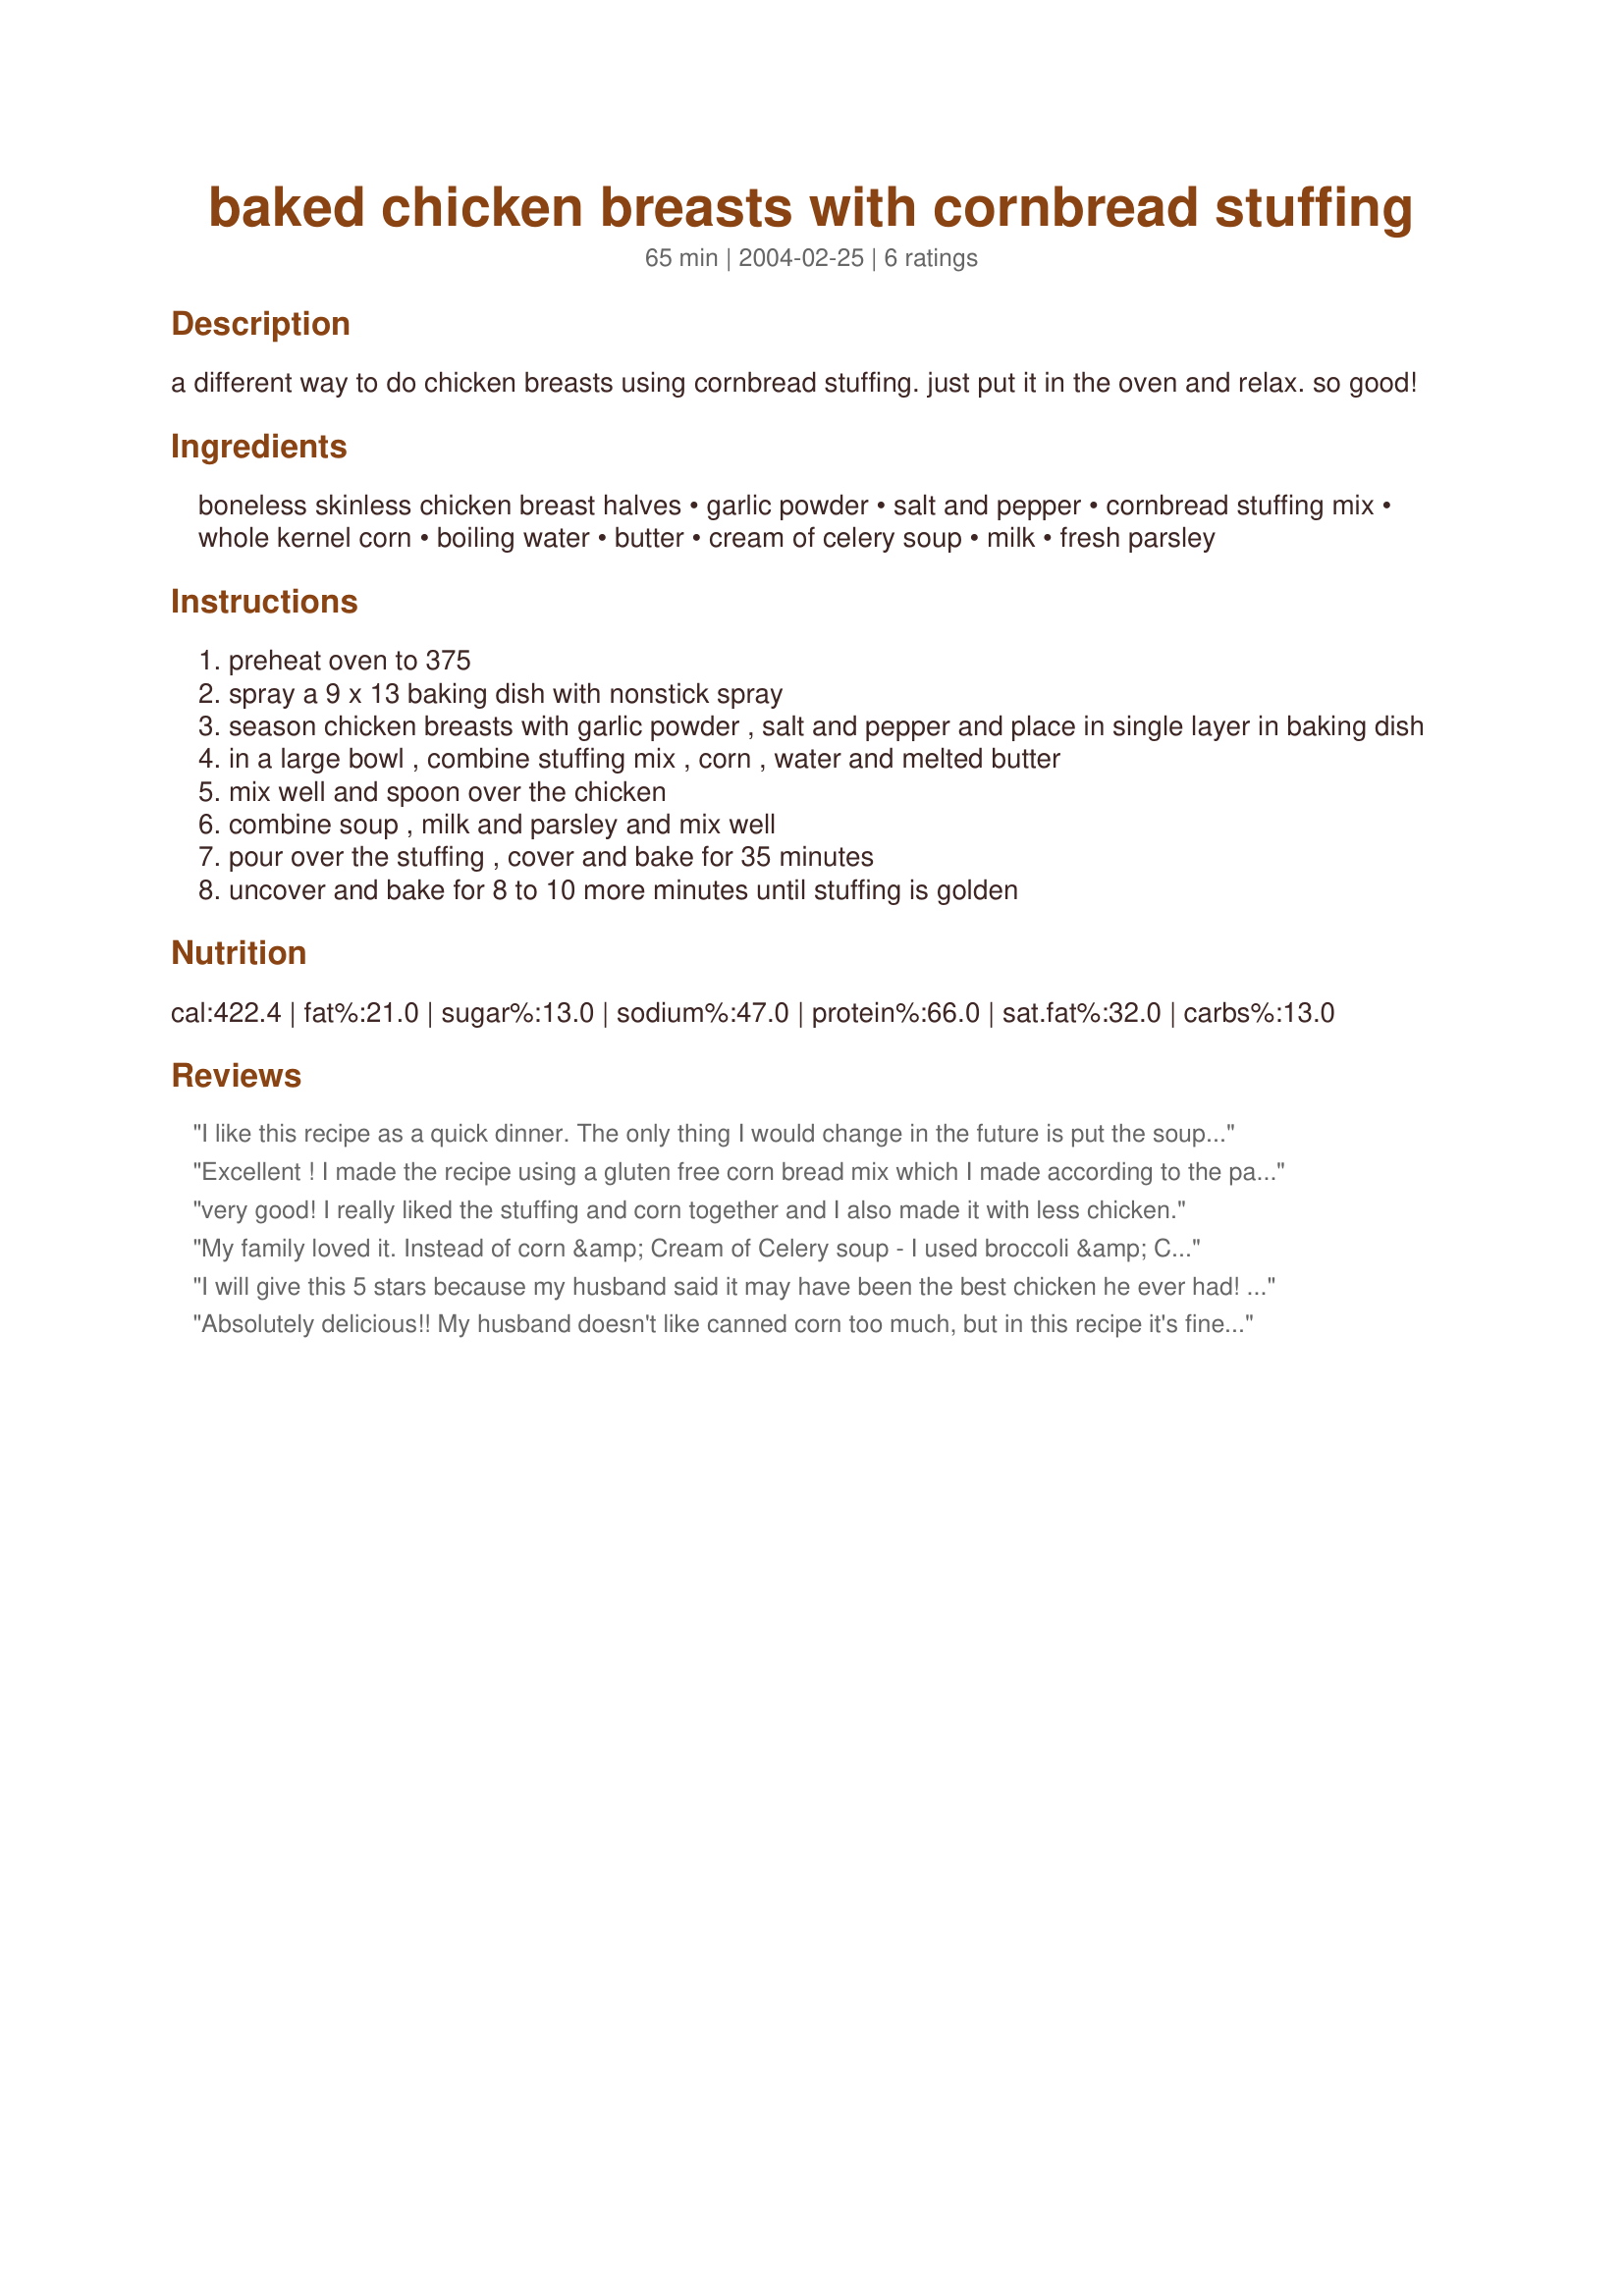
baked chicken breasts with cornbread stuffing
Preparation time: 65 minutes

a different way to do chicken breasts using cornbread stuffing. just put it in the oven and relax. so good!

Ingredients:
boneless skinless chicken breast halves, garlic powder, salt and pepper, cornbread stuffing mix, whole kernel corn, boiling water, butter, cream of celery soup, milk, fresh parsley

Steps:
preheat oven to 375
spray a 9 x 13 baking dish with nonstick spray
season chicken breasts with garlic powder , salt and pepper and place in single layer in baking dish
in a large bowl , combine stuffing mix , corn , water and melted butter
mix well and spoon over the chicken
combine soup , milk and parsley and mix well
pour over the stuffing , cover and bake for 35 minutes
uncover and bake for 8 to 10 more minutes until stuffing is golden

Reviews:
I like this recipe as a quick dinner. The only thing I would change in the future is put the soup mixture on top of the chicken before the stuffing mixture. Other than that. I thought it was good. I served it with fettuccine tossed with clarified butter and herbs and a tossed green salad.
Excellent ! I made the recipe using a gluten free corn bread mix which I made according to the package directions. It came out really good. I will be making this again.
very good! I really liked the stuffing and corn together and I also made it with less chicken.
My family loved it. Instead of corn &amp; Cream of Celery soup - I used broccoli &amp; Cream of Mushroom soup. Still a very tasty dish that will definitely be a favorite of ours. It&#039;s simple &amp; easy.
I will give this 5 stars because my husband said it may have been the best chicken he ever had! I liked it but it wasn&#039;t my absolute favorite. I used 4 chicken breast halves and used cream of chicken. I also used frozen corn.
Absolutely delicious!! My husband doesn't like canned corn too much, but in this recipe it's fine. We love that stuffing, so I make this recipe just for the two of us with less chicken in a 2 qt. baking dish.
